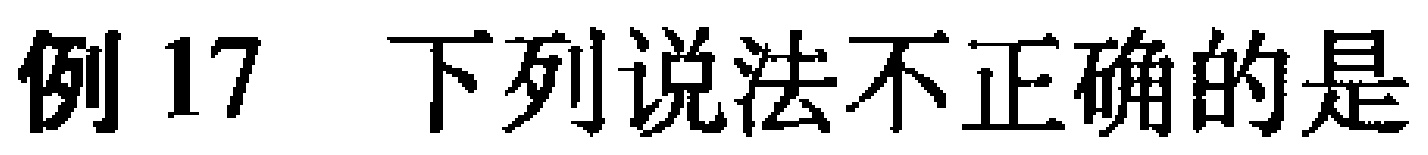
例 17 下列说法不正确的是